Indian journal of veterinary science and animal husbandry - Volume 4,
Year: 1934
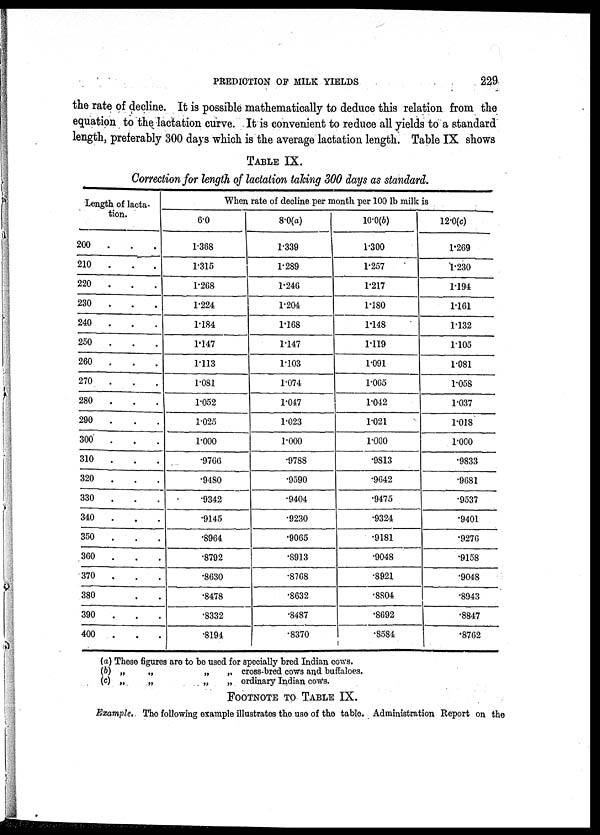
PREDICTION OF MILK YIELDS
229
the rate of decline. It is possible mathematically to deduce this relation from the
equation to the lactation curve. It is convenient to reduce all yields to a standard
length, preferably 300 days which is the average lactation length. Table IX shows
TABLE IX.
Correction for length of lactation taking 300 days as standard.
Length of lacta-
tion.
200
. . .
210 . . .
220 . . .
230 . . .
240 . . .
250 . . .
260 . . .
270 . . .
280 . . .
290 . . .
300 . . .
310 . . .
320 . . .
330 . . .
340 . . .
350 . . .
360 . . .
370 . . .
380 . . .
390 . . .
400 . . .
When rate of decline per month per 100 lb milk is
6.0
1.368
1.315
1.268
1.224
1.184
1.147
1.113
1.081
1.052
1.025
1.000
.9766
.9480
.9342
.9145
.8964
.8792
.8630
.8478
.8332
.8194
8.0(a)
1.339
1.289
1.246
1.204
1.168
1.147
1.103
1.074
1.047
1.023
1.000
.9788
.9590
.9404
.9230
.9065
.S913
.8768
.8632
.8487
.8370
10.0(b)
1.300
1.257
1.217
1.180
1.148
1.119
1.091
1.065
1.042
1.021
1.000
.9813
.9642
.9475
.9324
.9181
.9048
.8921
.8804
.8692
.8584
12.0(c)
1.269
1.230
1.194
1.161
1.132
1.105
1.081
1.058
1.037
1.018
1.000
.9833
.9681
.9537
.9401
.9276
.9158
.9048
.8943
.8847
.8762
(a)
(b)
(c)
These figures are to be used for specially bred Indian cows.
„ „ „
„ cross-bred cows and buffaloes.
„ „ „
„ ordinary Indian cows.
FOOTNOTE TO TABLE IX.
Example. The following example illustrates the use of the table. Administration Report on the